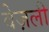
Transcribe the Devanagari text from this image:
वेज़ली